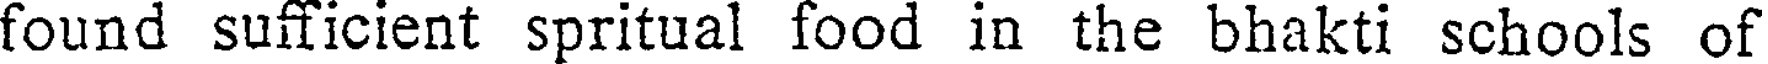
found sufficient spritual food in the bhakti schools of